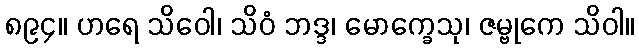
၈၉၄။ ဟရေ သိဝေါ၊ သိဝံ ဘဒ္ဒ၊ မောက္ခေသု၊ ဇမ္ဗုကေ သိဝါ။